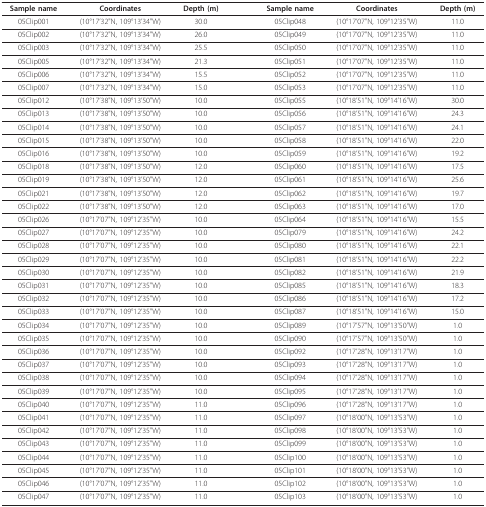
<table><thead><tr><td><b>Sample name</b></td><td><b>Coordinates</b></td><td><b>Depth (m)</b></td><td></td><td><b>Sample name</b></td><td><b>Coordinates</b></td><td><b>Depth (m)</b></td></tr></thead><tbody><tr><td>05Clip001</td><td>(10°17&#x27;32&quot;N, 109°13&#x27;34&quot;W)</td><td>30.0</td><td></td><td>05Clip048</td><td>(10°17&#x27;07&quot;N, 109°12&#x27;35&quot;W)</td><td>11.0</td></tr><tr><td>05Clip002</td><td>(10°17&#x27;32&quot;N, 109°13&#x27;34&quot;W)</td><td>26.0</td><td></td><td>05Clip049</td><td>(10°17&#x27;07&quot;N, 109°12&#x27;35&quot;W)</td><td>11.0</td></tr><tr><td>05Clip003</td><td>(10°17&#x27;32&quot;N, 109°13&#x27;34&quot;W)</td><td>25.5</td><td></td><td>05Clip050</td><td>(10°17&#x27;07&quot;N, 109°12&#x27;35&quot;W)</td><td>11.0</td></tr><tr><td>05Clip005</td><td>(10°17&#x27;32&quot;N, 109°13&#x27;34&quot;W)</td><td>21.3</td><td></td><td>05Clip051</td><td>(10°17&#x27;07&quot;N, 109°12&#x27;35&quot;W)</td><td>11.0</td></tr><tr><td>05Clip006</td><td>(10°17&#x27;32&quot;N, 109°13&#x27;34&quot;W)</td><td>15.5</td><td></td><td>05Clip052</td><td>(10°17&#x27;07&quot;N, 109°12&#x27;35&quot;W)</td><td>11.0</td></tr><tr><td>05Clip007</td><td>(10°17&#x27;32&quot;N, 109°13&#x27;34&quot;W)</td><td>15.0</td><td></td><td>05Clip053</td><td>(10°17&#x27;07&quot;N, 109°12&#x27;35&quot;W)</td><td>11.0</td></tr><tr><td>05Clip012</td><td>(10°17&#x27;38&quot;N, 109°13&#x27;50&quot;W)</td><td>10.0</td><td></td><td>05Clip055</td><td>(10°18&#x27;51&quot;N, 109°14&#x27;16&quot;W)</td><td>30.0</td></tr><tr><td>05Clip013</td><td>(10°17&#x27;38&quot;N, 109°13&#x27;50&quot;W)</td><td>10.0</td><td></td><td>05Clip056</td><td>(10°18&#x27;51&quot;N, 109°14&#x27;16&quot;W)</td><td>24.3</td></tr><tr><td>05Clip014</td><td>(10°17&#x27;38&quot;N, 109°13&#x27;50&quot;W)</td><td>10.0</td><td></td><td>05Clip057</td><td>(10°18&#x27;51&quot;N, 109°14&#x27;16&quot;W)</td><td>24.1</td></tr><tr><td>05Clip015</td><td>(10°17&#x27;38&quot;N, 109°13&#x27;50&quot;W)</td><td>10.0</td><td></td><td>05Clip058</td><td>(10°18&#x27;51&quot;N, 109°14&#x27;16&quot;W)</td><td>22.0</td></tr><tr><td>05Clip016</td><td>(10°17&#x27;38&quot;N, 109°13&#x27;50&quot;W)</td><td>10.0</td><td></td><td>05Clip059</td><td>(10°18&#x27;51&quot;N, 109°14&#x27;16&quot;W)</td><td>19.2</td></tr><tr><td>05Clip018</td><td>(10°17&#x27;38&quot;N, 109°13&#x27;50&quot;W)</td><td>12.0</td><td></td><td>05Clip060</td><td>(10°18&#x27;51&quot;N, 109°14&#x27;16&quot;W)</td><td>17.5</td></tr><tr><td>05Clip019</td><td>(10°17&#x27;38&quot;N, 109°13&#x27;50&quot;W)</td><td>12.0</td><td></td><td>05Clip061</td><td>(10°18&#x27;51&quot;N, 109°14&#x27;16&quot;W)</td><td>25.6</td></tr><tr><td>05Clip021</td><td>(10°17&#x27;38&quot;N, 109°13&#x27;50&quot;W)</td><td>12.0</td><td></td><td>05Clip062</td><td>(10°18&#x27;51&quot;N, 109°14&#x27;16&quot;W)</td><td>19.7</td></tr><tr><td>05Clip022</td><td>(10°17&#x27;38&quot;N, 109°13&#x27;50&quot;W)</td><td>12.0</td><td></td><td>05Clip063</td><td>(10°18&#x27;51&quot;N, 109°14&#x27;16&quot;W)</td><td>17.0</td></tr><tr><td>05Clip026</td><td>(10°17&#x27;07&quot;N, 109°12&#x27;35&quot;W)</td><td>10.0</td><td></td><td>05Clip064</td><td>(10°18&#x27;51&quot;N, 109°14&#x27;16&quot;W)</td><td>15.5</td></tr><tr><td>05Clip027</td><td>(10°17&#x27;07&quot;N, 109°12&#x27;35&quot;W)</td><td>10.0</td><td></td><td>05Clip079</td><td>(10°18&#x27;51&quot;N, 109°14&#x27;16&quot;W)</td><td>24.2</td></tr><tr><td>05Clip028</td><td>(10°17&#x27;07&quot;N, 109°12&#x27;35&quot;W)</td><td>10.0</td><td></td><td>05Clip080</td><td>(10°18&#x27;51&quot;N, 109°14&#x27;16&quot;W)</td><td>22.1</td></tr><tr><td>05Clip029</td><td>(10°17&#x27;07&quot;N, 109°12&#x27;35&quot;W)</td><td>10.0</td><td></td><td>05Clip081</td><td>(10°18&#x27;51&quot;N, 109°14&#x27;16&quot;W)</td><td>22.2</td></tr><tr><td>05Clip030</td><td>(10°17&#x27;07&quot;N, 109°12&#x27;35&quot;W)</td><td>10.0</td><td></td><td>05Clip082</td><td>(10°18&#x27;51&quot;N, 109°14&#x27;16&quot;W)</td><td>21.9</td></tr><tr><td>05Clip031</td><td>(10°17&#x27;07&quot;N, 109°12&#x27;35&quot;W)</td><td>10.0</td><td></td><td>05Clip085</td><td>(10°18&#x27;51&quot;N, 109°14&#x27;16&quot;W)</td><td>18.3</td></tr><tr><td>05Clip032</td><td>(10°17&#x27;07&quot;N, 109°12&#x27;35&quot;W)</td><td>10.0</td><td></td><td>05Clip086</td><td>(10°18&#x27;51&quot;N, 109°14&#x27;16&quot;W)</td><td>17.2</td></tr><tr><td>05Clip033</td><td>(10°17&#x27;07&quot;N, 109°12&#x27;35&quot;W)</td><td>10.0</td><td></td><td>05Clip087</td><td>(10°18&#x27;51&quot;N, 109°14&#x27;16&quot;W)</td><td>15.0</td></tr><tr><td>05Clip034</td><td>(10°17&#x27;07&quot;N, 109°12&#x27;35&quot;W)</td><td>10.0</td><td></td><td>05Clip089</td><td>(10°17&#x27;57&quot;N, 109°13&#x27;50&quot;W)</td><td>1.0</td></tr><tr><td>05Clip035</td><td>(10°17&#x27;07&quot;N, 109°12&#x27;35&quot;W)</td><td>10.0</td><td></td><td>05Clip090</td><td>(10°17&#x27;57&quot;N, 109°13&#x27;50&quot;W)</td><td>1.0</td></tr><tr><td>05Clip036</td><td>(10°17&#x27;07&quot;N, 109°12&#x27;35&quot;W)</td><td>10.0</td><td></td><td>05Clip092</td><td>(10°17&#x27;28&quot;N, 109°13&#x27;17&quot;W)</td><td>1.0</td></tr><tr><td>05Clip037</td><td>(10°17&#x27;07&quot;N, 109°12&#x27;35&quot;W)</td><td>10.0</td><td></td><td>05Clip093</td><td>(10°17&#x27;28&quot;N, 109°13&#x27;17&quot;W)</td><td>1.0</td></tr><tr><td>05Clip038</td><td>(10°17&#x27;07&quot;N, 109°12&#x27;35&quot;W)</td><td>10.0</td><td></td><td>05Clip094</td><td>(10°17&#x27;28&quot;N, 109°13&#x27;17&quot;W)</td><td>1.0</td></tr><tr><td>05Clip039</td><td>(10°17&#x27;07&quot;N, 109°12&#x27;35&quot;W)</td><td>10.0</td><td></td><td>05Clip095</td><td>(10°17&#x27;28&quot;N, 109°13&#x27;17&quot;W)</td><td>1.0</td></tr><tr><td>05Clip040</td><td>(10°17&#x27;07&quot;N, 109°12&#x27;35&quot;W)</td><td>11.0</td><td></td><td>05Clip096</td><td>(10°17&#x27;28&quot;N, 109°13&#x27;17&quot;W)</td><td>1.0</td></tr><tr><td>05Clip041</td><td>(10°17&#x27;07&quot;N, 109°12&#x27;35&quot;W)</td><td>11.0</td><td></td><td>05Clip097</td><td>(10°18&#x27;00&quot;N, 109°13&#x27;53&quot;W)</td><td>1.0</td></tr><tr><td>05Clip042</td><td>(10°17&#x27;07&quot;N, 109°12&#x27;35&quot;W)</td><td>11.0</td><td></td><td>05Clip098</td><td>(10°18&#x27;00&quot;N, 109°13&#x27;53&quot;W)</td><td>1.0</td></tr><tr><td>05Clip043</td><td>(10°17&#x27;07&quot;N, 109°12&#x27;35&quot;W)</td><td>11.0</td><td></td><td>05Clip099</td><td>(10°18&#x27;00&quot;N, 109°13&#x27;53&quot;W)</td><td>1.0</td></tr><tr><td>05Clip044</td><td>(10°17&#x27;07&quot;N, 109°12&#x27;35&quot;W)</td><td>11.0</td><td></td><td>05Clip100</td><td>(10°18&#x27;00&quot;N, 109°13&#x27;53&quot;W)</td><td>1.0</td></tr><tr><td>05Clip045</td><td>(10°17&#x27;07&quot;N, 109°12&#x27;35&quot;W)</td><td>11.0</td><td></td><td>05Clip101</td><td>(10°18&#x27;00&quot;N, 109°13&#x27;53&quot;W)</td><td>1.0</td></tr><tr><td>05Clip046</td><td>(10°17&#x27;07&quot;N, 109°12&#x27;35&quot;W)</td><td>11.0</td><td></td><td>05Clip102</td><td>(10°18&#x27;00&quot;N, 109°13&#x27;53&quot;W)</td><td>1.0</td></tr><tr><td>05Clip047</td><td>(10°17&#x27;07&quot;N, 109°12&#x27;35&quot;W)</td><td>11.0</td><td></td><td>05Clip103</td><td>(10°18&#x27;00&quot;N, 109°13&#x27;53&quot;W)</td><td>1.0</td></tr></tbody></table>